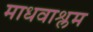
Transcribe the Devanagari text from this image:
माधवाश्लम